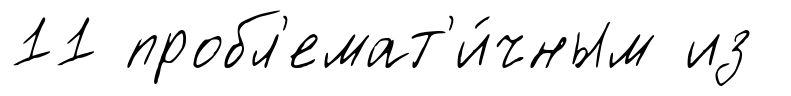
11 пробл'емат'и́чным из